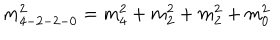
LaTeX: m _ { 4 - 2 - 2 - 0 } ^ { 2 } = m _ { 4 } ^ { 2 } + m _ { 2 } ^ { 2 } + m _ { 2 } ^ { 2 } + m _ { 0 } ^ { 2 }